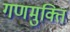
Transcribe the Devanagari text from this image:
गणमुक्ति